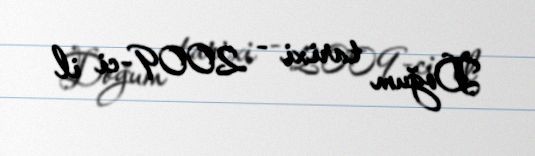
Doğum tarixi - 2009-ci il